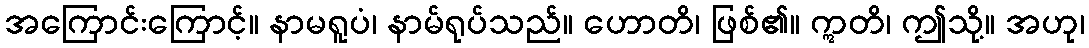
အကြောင်းကြောင့်။ နာမရူပံ၊ နာမ်ရုပ်သည်။ ဟောတိ၊ ဖြစ်၏။ ဣတိ၊ ဤသို့။ အဟု၊